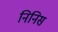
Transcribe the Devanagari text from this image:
निनिस